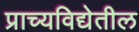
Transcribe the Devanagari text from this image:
प्राच्यविद्येतील